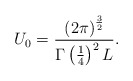
\begin{align*}U_0 = \frac{\left( 2\pi\right)^{\frac{3}{2}}}{\Gamma\left( \frac{1}{4}\right) ^2 L} .\end{align*}